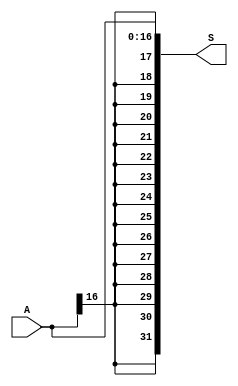
module sign_extender(A, S);
        
    input [16:0] A;
    
    output [31:0] S;

    assign S[16:0] = A;
    assign S[17] = A[16];
    assign S[18] = A[16];
    assign S[19] = A[16];
    assign S[20] = A[16];
    assign S[21] = A[16];
    assign S[22] = A[16];
    assign S[23] = A[16];
    assign S[24] = A[16];
    assign S[25] = A[16];
    assign S[26] = A[16];
    assign S[27] = A[16];
    assign S[28] = A[16];
    assign S[29] = A[16];
    assign S[30] = A[16];
    assign S[31] = A[16];

endmodule